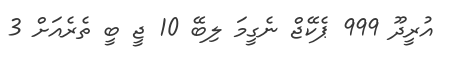
އުރީދޫ 999 ޕެކޭޖް ނެގީމަ ލިބޭ 10 ޖީ ބީ ތެރެއަށް 3